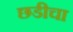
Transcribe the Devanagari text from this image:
छडीचा